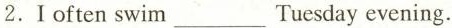
2.I often swim ___ Tuesday evening.